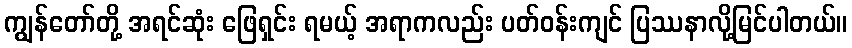
ကျွန်တော်တို့ အရင်ဆုံး ဖြေရှင်း ရမယ့် အရာကလည်း ပတ်ဝန်းကျင် ပြဿနာလို့မြင်ပါတယ်။